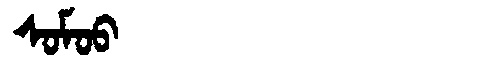
Manchu: ᠰᠣᠮᠣᠣ
Romanization: SOMOO